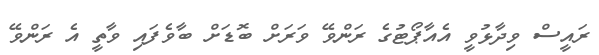
ރައީސް ވިދާޅުވީ އެއާޕޯޓުގެ ރަންވޭ ވަރަށް ބޮޑަށް ބާވެފައި ވާތީ އެ ރަންވޭ